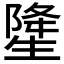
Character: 𤯲